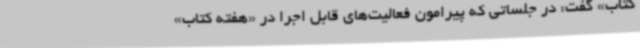
کتاب» گفت: در جلساتی که پیرامون فعالیت‌های قابل اجرا در «هفته کتاب»